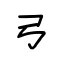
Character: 弓